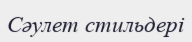
Сәулет стильдері